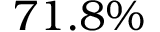
7 1 . 8 \%